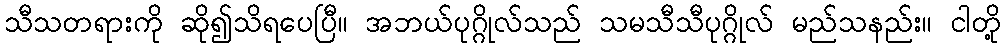
သီသတရားကို ဆို၍သိရပေပြီ။ အဘယ်ပုဂ္ဂိုလ်သည် သမသီသီပုဂ္ဂိုလ် မည်သနည်း။ ငါတို့